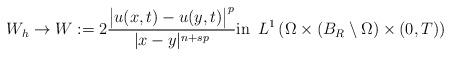
LaTeX: \begin{align*} W_h \to W:=2\frac{\big|u(x,t)-u(y,t)\big|^{p}}{|x-y|^{n+sp}}\textrm{in}\,\,\,L^1\left(\Omega \times (B_R\setminus \Omega)\times (0,T)\right) \end{align*}